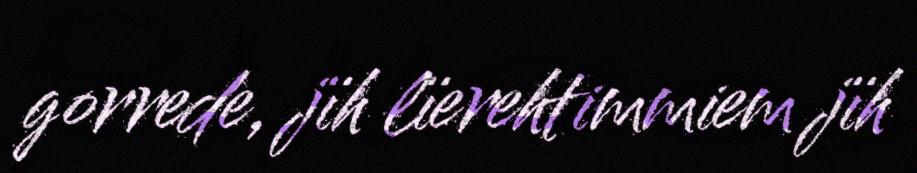
gorrede, jïh lïerehtimmiem jïh